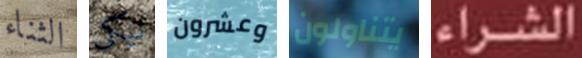
الثناء نيكي وعشرون يتناولون الشراء